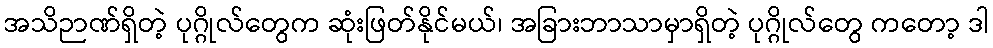
အသိဉာဏ်ရှိတဲ့ ပုဂ္ဂိုလ်တွေက ဆုံးဖြတ်နိုင်မယ်၊ အခြားဘာသာမှာရှိတဲ့ ပုဂ္ဂိုလ်တွေ ကတော့ ဒါ